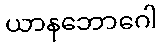
ယာနဘောဂေါ